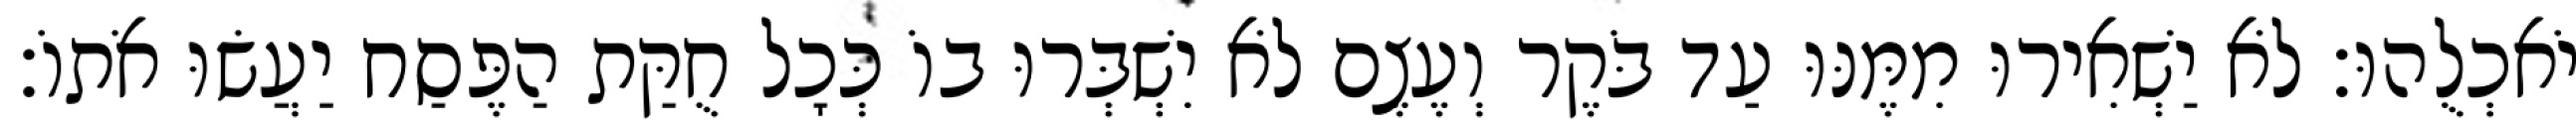
יֹאכְלֻהוּ׃ לֹא יַשְׁאִירוּ מִמֶּנּוּ עַד בֹּקֶר וְעֶצֶם לֹא יִשְׁבְּרוּ בוֹ כְּכָל חֻקַּת הַפֶּסַח יַעֲשׂוּ אֹתוֹ׃